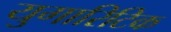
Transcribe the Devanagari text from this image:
युगारिटिक